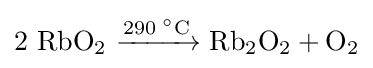
\mathrm {2\ RbO_{2}\ {\xrightarrow {290\;^{\circ }{\text{C}}}}\ Rb_{2}O_{2}+O_{2}}